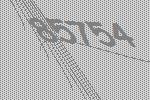
85754